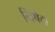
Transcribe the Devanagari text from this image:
निषेदा